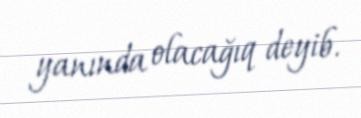
yanında olacağıq deyib.